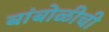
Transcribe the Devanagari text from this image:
बांबोळीची